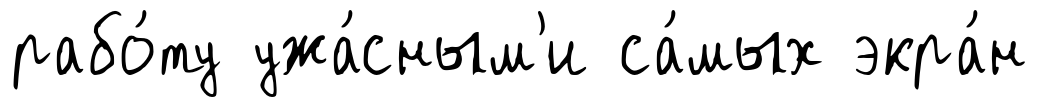
рабо́ту ужа́сным'и са́мых экра́н